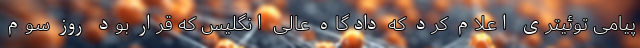
پیامی توئیتری اعلام کرد که دادگاه عالی انگلیس که قرار بود روز سوم